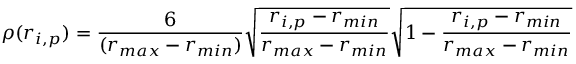
\rho ( r _ { i , p } ) = \frac { 6 } { ( r _ { m a x } - r _ { m i n } ) } \sqrt { \frac { r _ { i , p } - r _ { m i n } } { r _ { m a x } - r _ { m i n } } } \sqrt { 1 - \frac { r _ { i , p } - r _ { m i n } } { r _ { m a x } - r _ { m i n } } }